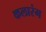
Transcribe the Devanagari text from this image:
कलारंग